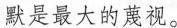
默是最大的蔑视。